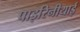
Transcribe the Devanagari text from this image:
पाइरिनीयाई